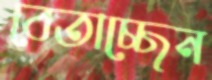
বেতাচ্ছেন